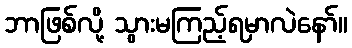
ဘာဖြစ်လို့ သွားမကြည့်ရမှာလဲနော်။